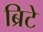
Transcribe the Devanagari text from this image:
ब्रिटे